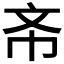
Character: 𭤔